Regulations for the medical services of the Army of India
Year: 1930
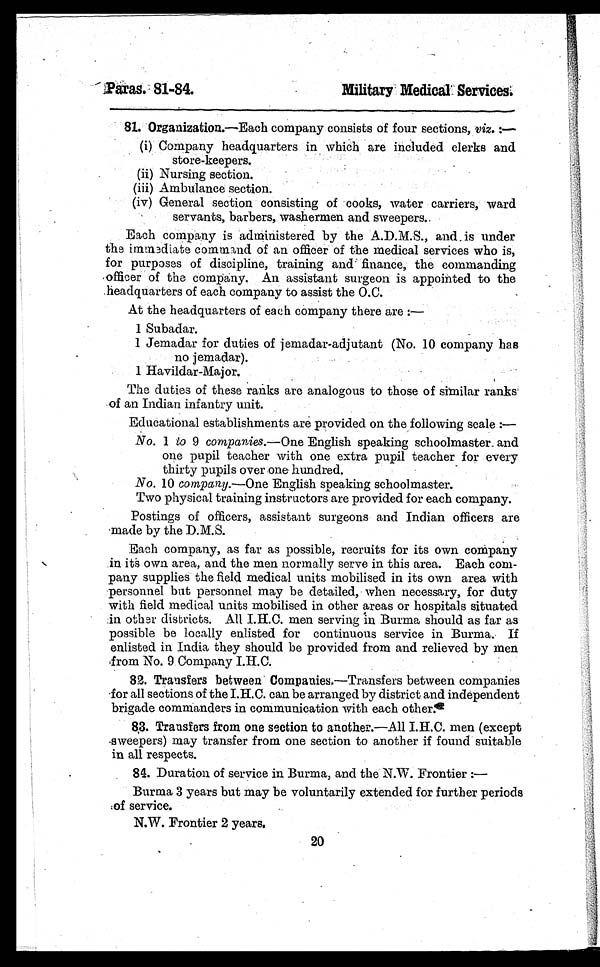
81. Organization.— Each company consists of four sections, viz. :—
(i) Company headquarters in which are included clerks and
store-keepers.
(ii) Nursing section.
(iii) Ambulance section.
(iv) General section consisting of cooks, water carriers, ward
servants, barbers, washermen and sweepers.
Each company is administered by the A.D.M.S., and is under
the immediate command of an officer of the medical services who is,
for purposes of discipline, training and finance, the commanding
officer of the company. An assistant surgeon is appointed to the
headquarters of each company to assist the O.C.
At the headquarters of each company there are :
—
1 Subadar.
1 Jemadar for duties of jemadar-adjutant (No. 10 company has
no jemadar).
1 Havildar-Major.
The duties of these ranks are analogous to those of similar ranks
of an Indian infantry unit.
Educational establishments are provided on the following scale :—
No. 1 to 9 companies.—One English speaking schoolmaster and
one pupil teacher with one extra pupil teacher for every
thirty pupils over one hundred.
No. 10 company.—One English speaking schoolmaster.
Two physical training instructors are provided for each company.
Postings of officers, assistant surgeons and Indian officers are
made by the D.M.S.
Each company, as far as possible, recruits for its own company
in its own area, and the men normally serve in this area. Each com-
pany supplies the field medical units mobilised in its own area with
personnel but personnel may be detailed, when necessary, for duty
with field medical units mobilised in other areas or hospitals situated
in other districts. All I.H.C. men serving in Burma should as far as
possible be locally enlisted for continuous service in Burma. If
enlisted in India they should be provided from and relieved by men
from No. 9 Company I.H.C.
82. Transfers between Companies.— Transfers between companies
for all sections of the I.H.C. can be arranged by district and independent
brigade commanders in communication with each others.
83. Transfers from one section to another.— All I.H.C. men (except
-sweepers) may transfer from one section to another if found suitable
in all respects.
84. Duration of service in Burma, and the N.W. Frontier :
—
Burma 3 years but may be voluntarily extended for further periods
of service.
N.W. Frontier 2 years.
20